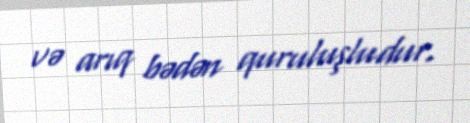
və arıq bədən quruluşludur.